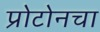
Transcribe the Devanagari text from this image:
प्रोटोनचा